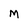
Character: M